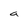
Character: a